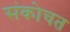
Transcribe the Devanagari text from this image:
संकोचत